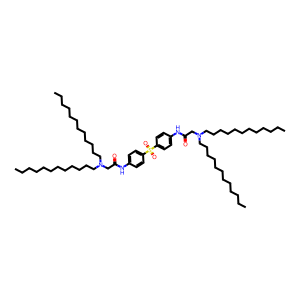
SMILES: CCCCCCCCCCCCN(CCCCCCCCCCCC)CC(=O)Nc1ccc(S(=O)(=O)c2ccc(NC(=O)CN(CCCCCCCCCCCC)CCCCCCCCCCCC)cc2)cc1
Inhibits HIV replication: No